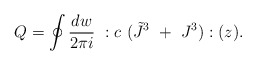
\begin{align*}Q=\oint{dw\over2\pi i}~:c~(\tilde J^3~+~J^3):(z).\end{align*}